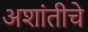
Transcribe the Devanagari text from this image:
अशांतीचे